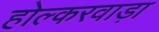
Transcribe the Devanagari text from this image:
होल्करवाड़ा